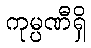
ကုမ္ပဏီရှိ